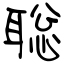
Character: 聡